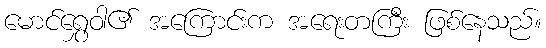
မောင်ရွှေဝါ၏ အကြောင်းက အရေးတကြီး ဖြစ်နေသည်။